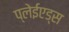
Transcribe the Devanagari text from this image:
प्लेईएड्स